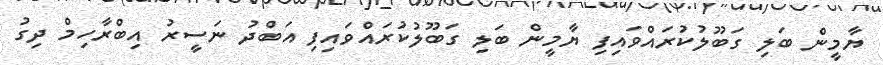
ޔާމީން ބަލި ގަބޫލުކުރައްވައިފި ޔާމީން ބަލި ގަބޫލުކުރައްވައިފި އަބްދު ނަސީރު އިބްރާހިމް ދިގު